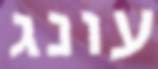
עונג